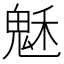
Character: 𩲷